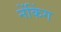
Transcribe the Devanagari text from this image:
नेंकिंग